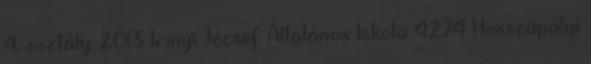
4. osztály 2013 Irinyi József Általános Iskola 4274 Hosszúpályi